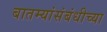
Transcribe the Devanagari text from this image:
बातम्यांसंबंधीच्या